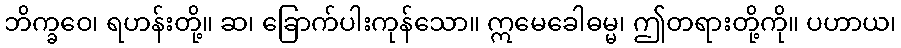
ဘိက္ခဝေ၊ ရဟန်းတို့။ ဆ၊ ခြောက်ပါးကုန်သော။ ဣမေခေါဓမ္မ၊ ဤတရားတို့ကို။ ပဟာယ၊